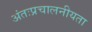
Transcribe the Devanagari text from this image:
अंतःप्रचालनीयता